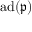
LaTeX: \operatorname { a d } ( { \mathfrak { p } } )